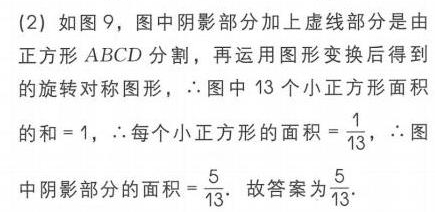
(2) 如图9，图中阴影部分加上虚线部分是由正方形\(ABCD\)分割，再运用图形变换后得到的旋转对称图形，\(\therefore\)图中13个小正方形面积的和\( = 1\)，\(\therefore\)每个小正方形的面积\(=\frac{1}{13}\)，\(\therefore\)图中阴影部分的面积\(=\frac{5}{13}\)。故答案为\(\frac{5}{13}\)。